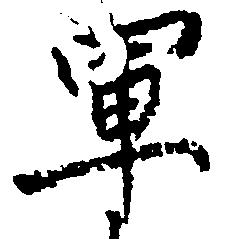
軍